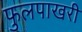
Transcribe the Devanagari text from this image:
फुलपाखरी